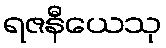
ရဇနီယေသု